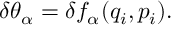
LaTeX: \delta \theta _ { \alpha } = \delta f _ { \alpha } ( q _ { i } , p _ { i } ) .